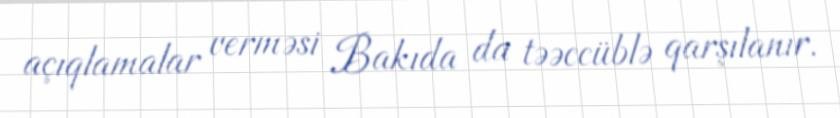
açıqlamalar verməsi Bakıda da təəccüblə qarşılanır.